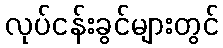
လုပ်ငန်းခွင်များတွင်